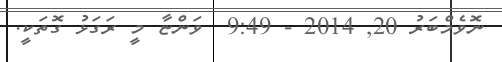
ނޮވެމްބަރު 20